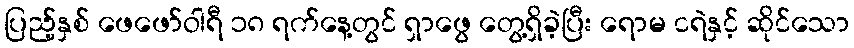
ပြည့်နှစ် ဖေဖော်ဝါရီ ၁၈ ရက်နေ့တွင် ရှာဖွေ တွေ့ရှိခဲ့ပြီး ရောမ ငရဲနှင့် ဆိုင်သော